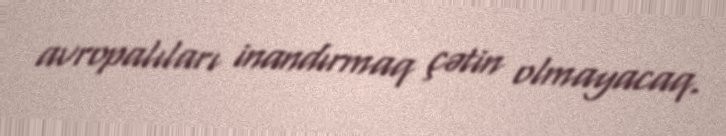
avropalıları inandırmaq çətin olmayacaq.